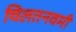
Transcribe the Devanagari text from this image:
चिलतनवमी